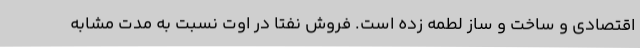
اقتصادی و ساخت و ساز لطمه زده است. فروش نفتا در اوت نسبت به مدت مشابه